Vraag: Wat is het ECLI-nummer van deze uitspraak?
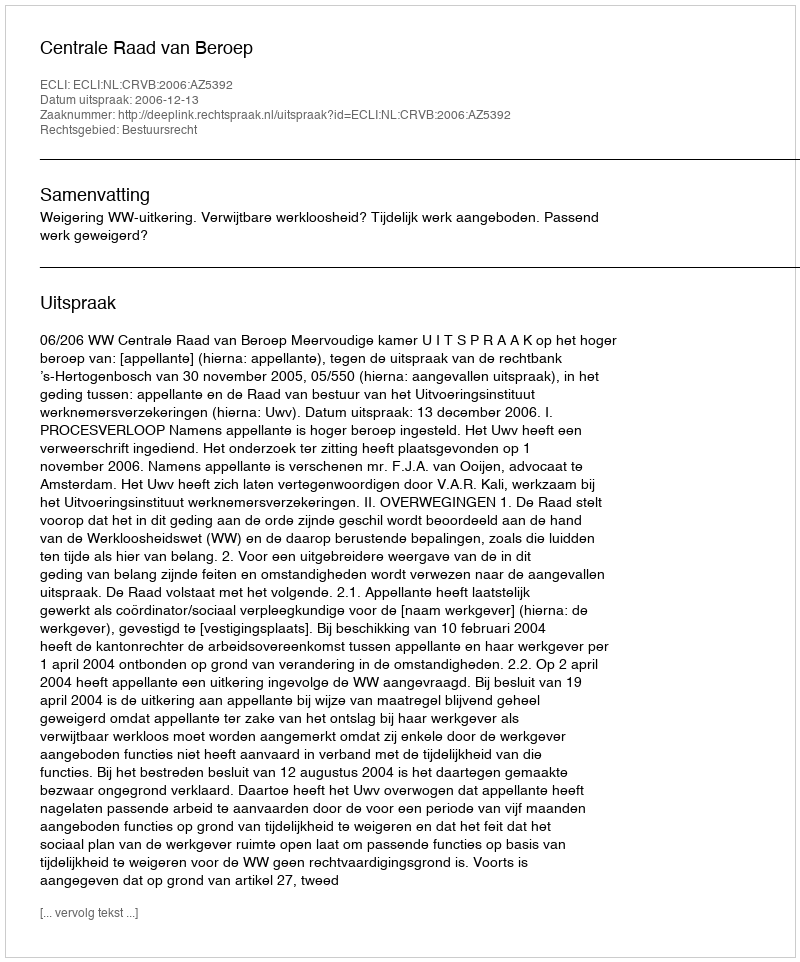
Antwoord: ECLI:NL:CRVB:2006:AZ5392